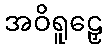
အဝိရူဠှေ